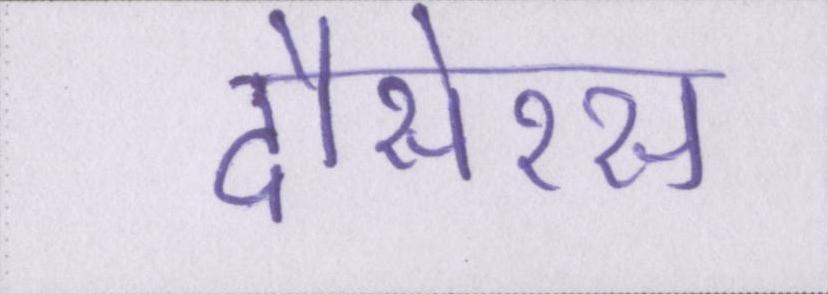
दौसेरस